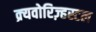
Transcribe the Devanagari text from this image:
क्र्यवोरिज़्हस्टल